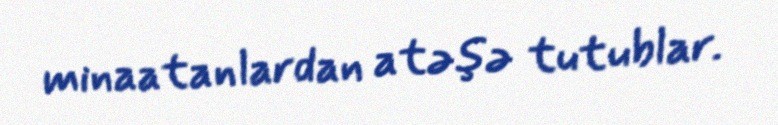
minaatanlardan atəşə tutublar.